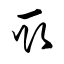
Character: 取